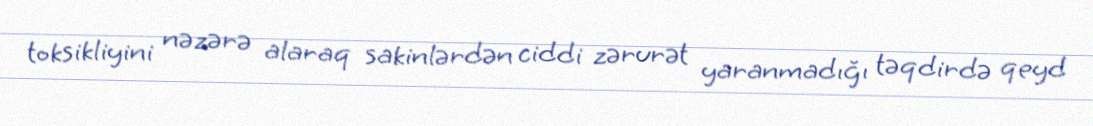
toksikliyini nəzərə alaraq sakinlərdən ciddi zərurət yaranmadığı təqdirdə qeyd